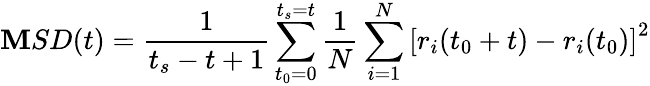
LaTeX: \mathbf{M}SD(t)=\frac{{1}}{{t_{s}-t+1}}\sum_{t_{0}=0}^{t_{s}=t}\frac{{1}}{{N}}\sum_{i=1}^{N}\left[r_{i}(t_{0}+t)-r_{i}(t_{0})\right]^{2}